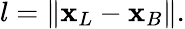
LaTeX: l=\lVert{\mathbf x_{L}}-{\mathbf x_{B}}\rVert.